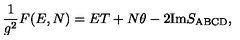
\frac { 1 } { g ^ { 2 } } F ( E , N ) = E T + N \theta - 2 \mathrm { I m } S _ { \mathrm { A B C D } } ,